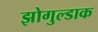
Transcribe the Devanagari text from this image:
झोगुल्डाक